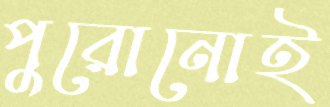
পুরোনোই